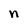
Character: n